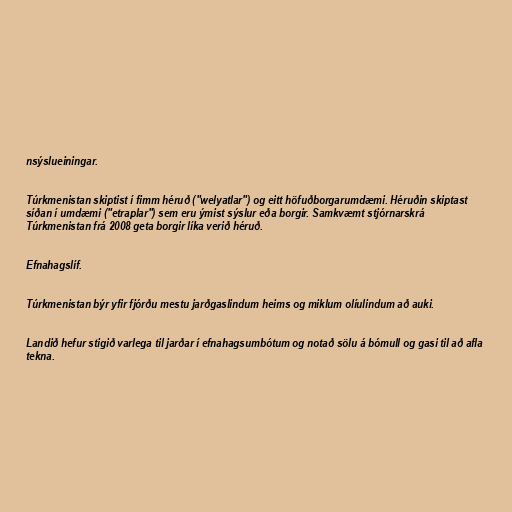
nsýslueiningar.

Túrkmenistan skiptist í fimm héruð ("welyatlar") og eitt höfuðborgarumdæmi. Héruðin skiptast
síðan í umdæmi ("etraplar") sem eru ýmist sýslur eða borgir. Samkvæmt stjórnarskrá
Túrkmenistan frá 2008 geta borgir líka verið héruð.

Efnahagslíf.

Túrkmenistan býr yfir fjórðu mestu jarðgaslindum heims og miklum olíulindum að auki.

Landið hefur stigið varlega til jarðar í efnahagsumbótum og notað sölu á bómull og gasi til að afla
tekna.